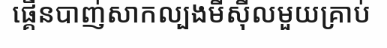
ផ្គើនបាញ់សាកល្បងមីស៊ីលមួយគ្រាប់